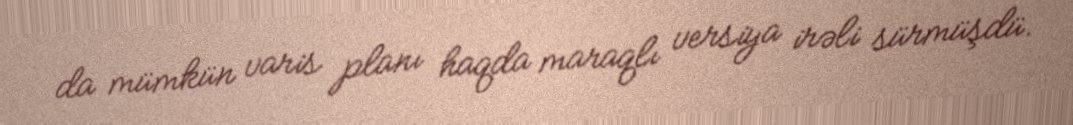
da mümkün varis planı haqda maraqlı versiya irəli sürmüşdü.